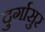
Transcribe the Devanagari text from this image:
दुर्गासुर